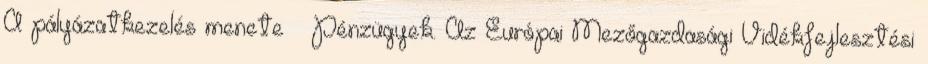
A pályázatkezelés menete – Pénzügyek. Az Európai Mezőgazdasági Vidékfejlesztési